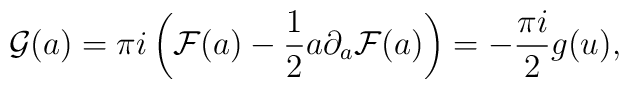
{\cal G}(a)=\pi i\left({\cal F}(a)-{1\over 2}a\partial_a{\cal F}(a)\right)=-{\pi i\over 2}g(u),